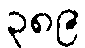
၃၈၉